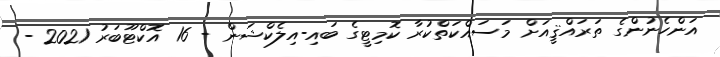
އަންހެނުންގެ ތަރައްޤީއަށް މަސައްކަތްކުރާ ކޮމިޓީގެ ބައި-އިލެކްޝަން - 16 އޮކްޓޫބަރު 2021 -